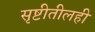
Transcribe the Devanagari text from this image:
सृष्टीतीलही